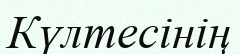
Күлтесінің